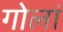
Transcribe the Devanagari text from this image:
गोलां